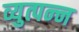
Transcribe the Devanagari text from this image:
व्युत्पन्‍न